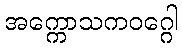
အက္ကောသကဝဂ္ဂေါ